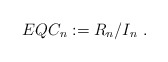
\begin{align*}EQC_n := R_n/I_n~.\end{align*}